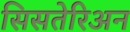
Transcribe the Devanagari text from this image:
सिसतेरिअन